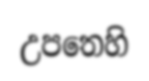
උපතෙහි